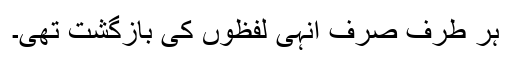
ہر طرف صرف انہی لفظوں کی بازگشت تھی۔